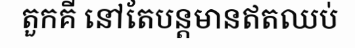
តួកគី នៅតែបន្តមានឥតឈប់